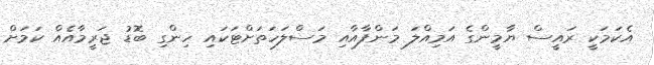
އެކަމަކީ ރައީސް ޔާމީންގެ އަމިއްލަ މަންފާއާއި މަސްލަހަތަށްޓަކައި ހިންގި ބޮޑު ޖަރީމާއެއް ކަމަށް